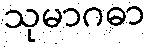
သုမာဂဓာ